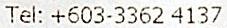
TEL: +603-3362 4137